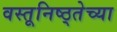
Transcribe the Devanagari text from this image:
वस्तूनिष्ठ्तेच्या